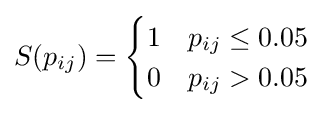
S(p_{ij})={\begin{cases}1&p_{ij}\leq 0.05\\0&p_{ij}>0.05\end{cases}}